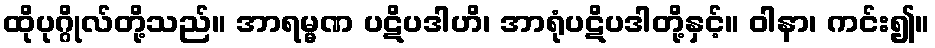
ထိုပုဂ္ဂိုလ်တို့သည်။ အာရမ္မဏ ပဋိပဒါဟိ၊ အာရုံပဋိပဒါတို့နှင့်။ ဝါနာ၊ ကင်း၍။